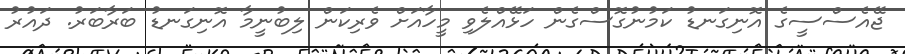
ޖޭއެސްސީގެ އޮނިގަނޑު ކަމުނުގޮސްގެން ހަޅޭއްލެވި މީހާއަށް ވެރިކަން ލިބުނީމާ އޮނިގަނޑު ބަރާބަރު. ދައުރު